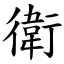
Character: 衛